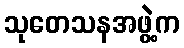
သုတေသနအဖွဲ့က